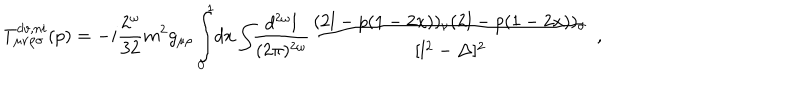
T _ { \mu \nu \rho \sigma } ^ { d v , n i } ( p ) = - i \frac { 2 ^ { \omega } } { 3 2 } m ^ { 2 } g _ { \mu \rho } \int _ { 0 } ^ { 1 } \! d x \int \! \! \frac { d ^ { 2 \omega } l } { ( 2 \pi ) ^ { 2 \omega } } \frac { ( 2 l - p ( 1 - 2 x ) ) _ { \nu } ( 2 l - p ( 1 - 2 x ) ) _ { \sigma } } { [ l ^ { 2 } - \Delta ] ^ { 2 } } \, \, ,